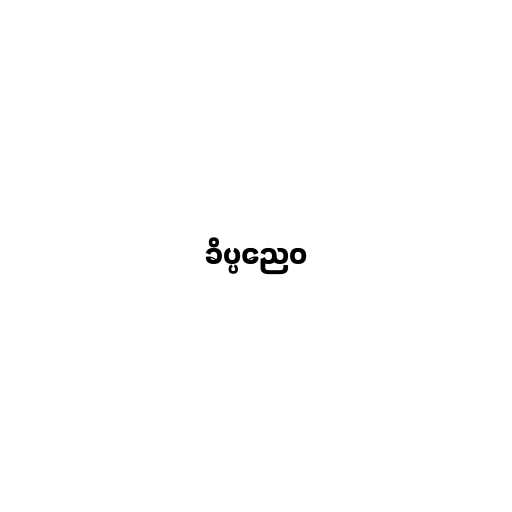
ခိပ္ပညေဝ